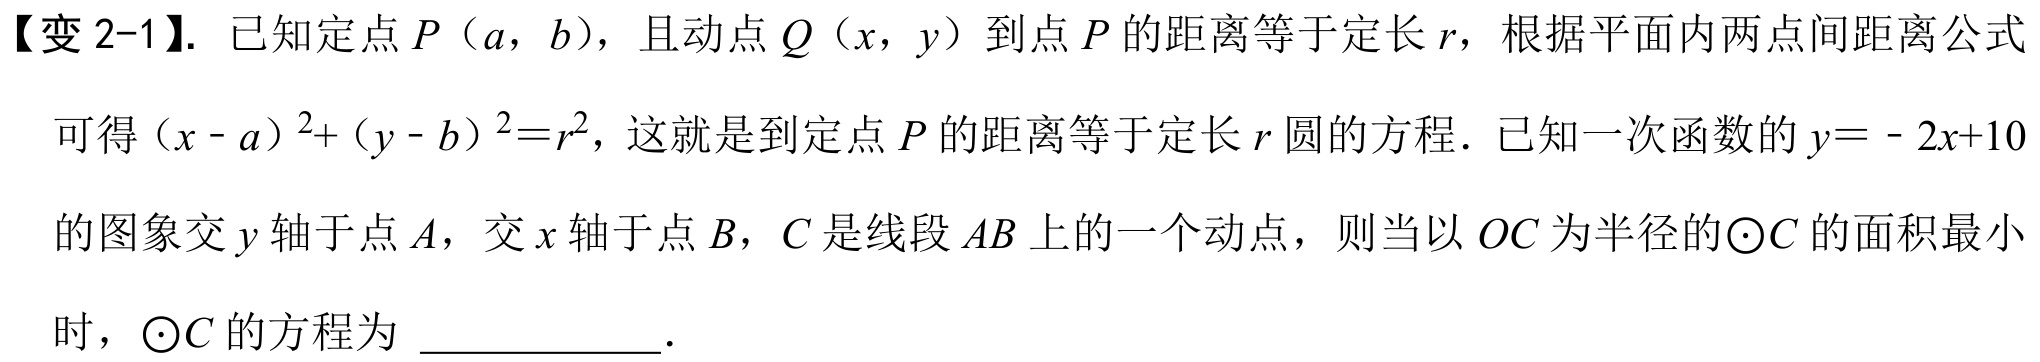
【变 2-1】. 已知定点 \(P(a,b)\)，且动点 \(Q(x,y)\) 到点 \(P\) 的距离等于定长 \(r\)，根据平面内两点间距离公式
可得 \((x - a)^{2}+(y - b)^{2}=r^{2}\)，这就是到定点 \(P\) 的距离等于定长 \(r\) 圆的方程．已知一次函数的 \(y = - 2x + 10\)
的图象交 \(y\) 轴于点 \(A\)，交 \(x\) 轴于点 \(B\)，\(C\) 是线段 \(AB\) 上的一个动点，则当以 \(OC\) 为半径的 \(\odot C\) 的面积最小
时，\(\odot C\) 的方程为 \(\underline{\quad\quad}\)．